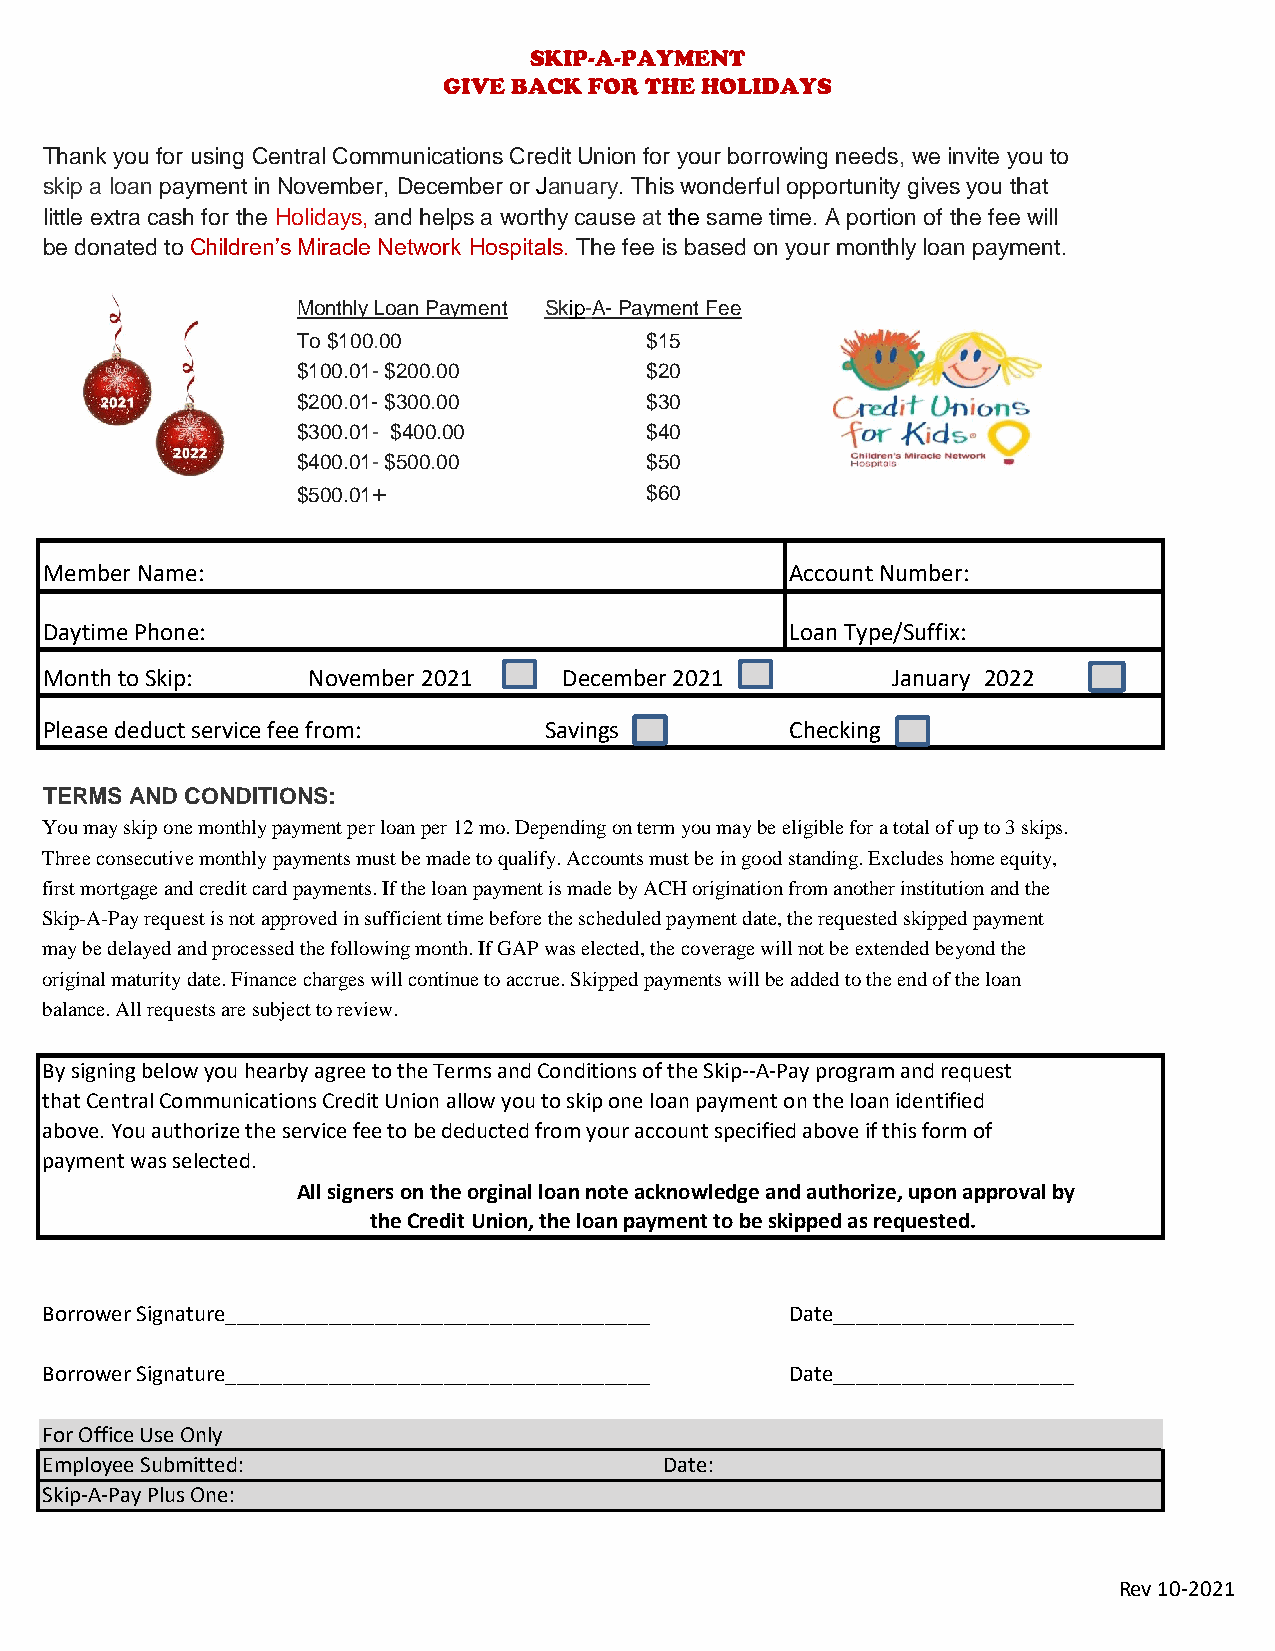
SKIP-A-PAYMENT
 GIVE BACK FOR THE HOLIDAYS
 Thank you for using Central Communications Credit Union for your borrowing needs, we invite you to
 skip a loan payment in November, December or January. This wonderful opportunity gives you that
 little extra cash for the Holidays, and helps a worthy cause at the same time. A portion of the fee will
 be donated to Children’s Miracle Network Hospitals. The fee is based on your monthly loan payment.
 Monthly Loan Payment Skip-A- Payment Fee
 To $100.00             $15
 $100.01- $200.00       $20
 $200.01- $300.00       $30
 $300.01- $400.00       $40
 $400.01- $500.00       $50
 $500.01+               $60
 Member Name:                                     Account Number:
 Daytime Phone:                                   Loan Type/Suffix:
 Month to Skip:   NDeocveemmbbeerr 22001281 D e c e m Jbaenru 2a0ry2 12019 January 2022
 Please deduct service fee from:  Savings         Checking
 TERMS AND CONDITIONS:
 You may skip one monthly payment per loan per 12 mo. Depending on term you may be eligible for a total of up to 3 skips.
 Three consecutive monthly payments must be made to qualify. Accounts must be in good standing. Excludes home equity,
 first mortgage and credit card payments. If the loan payment is made by ACH origination from another institution and the
 Skip-A-Pay request is not approved in sufficient time before the scheduled payment date, the requested skipped payment
 may be delayed and processed the following month. If GAP was elected, the coverage will not be extended beyond the
 original maturity date. Finance charges will continue to accrue. Skipped payments will be added to the end of the loan
 balance. All requests are subject to review.
 By signing below you hearby agree to the Terms and Conditions of the Skip--A-Pay program and request
 that Central Communications Credit Union allow you to skip one loan payment on the loan identified
 above. You authorize the service fee to be deducted from your account specified above if this form of
 payment was selected.
 All signers on the orginal loan note acknowledge and authorize, upon approval by
 the Credit Union, the loan payment to be skipped as requested.
 Borrower Signature_____________________________________ Date_____________________
 Borrower Signature_____________________________________ Date_____________________
 For Office Use Only
 Employee Submitted:                      Date:
 Skip-A-Pay Plus One:
 Rev 10-2021